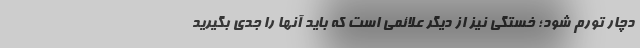
دچار تورم شود؛ خستگی نیز از دیگر علائمی است که باید آنها را جدی بگیرید